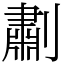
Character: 㔅